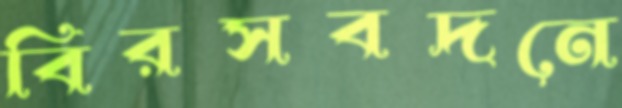
বিরসবদনে